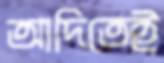
আদিতেই